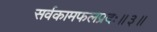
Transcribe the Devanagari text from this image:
सर्वकामफलप्रदः॥३॥